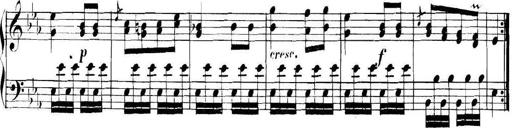
Title: Collected Piano Sonatas
Composer: Muzio Clementi